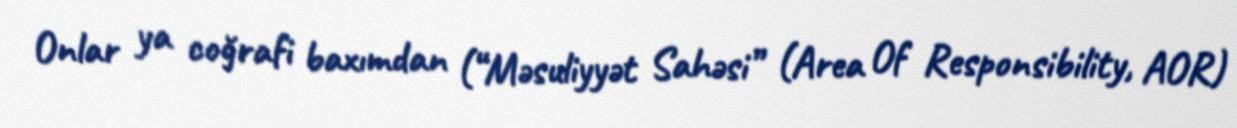
Onlar ya coğrafi baxımdan (“Məsuliyyət Sahəsi” (Area Of Responsibility, AOR)